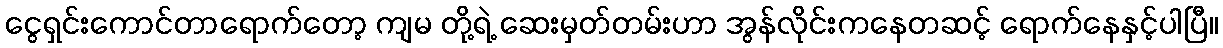
ငွေရှင်းကောင်တာရောက်တော့ ကျမ တို့ရဲ့ ဆေးမှတ်တမ်းဟာ အွန်လိုင်းကနေတဆင့် ရောက်နေနှင့်ပါပြီ။